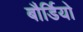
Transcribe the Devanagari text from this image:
बौर्डियो